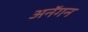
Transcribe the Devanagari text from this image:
अनॅगन